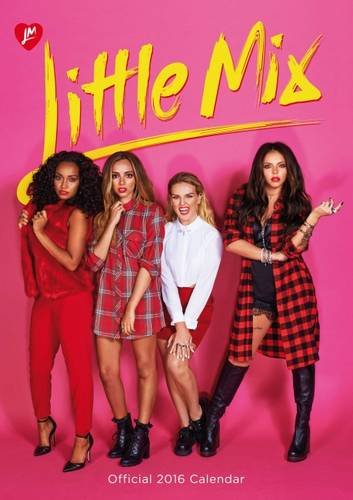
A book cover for The Official Little Mix 2016 A3 Calendar; Calendars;